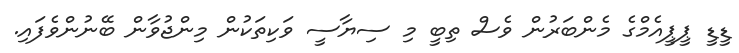
ޑީޑީ ޕީޕީއެމްގެ މެންބަރުން ވެސް ތިބީ މި ސިޔާސީ ވަކިތަކުން މިންޖުވާން ބޭނުންވެފައި.